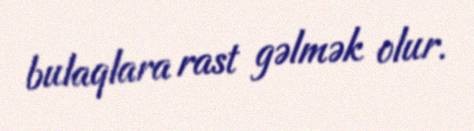
bulaqlara rast gəlmək olur.